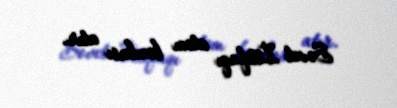
Sovet İttifaqı atom bombası atır.